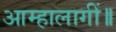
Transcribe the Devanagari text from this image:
आम्हालागीं॥